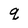
Character: q